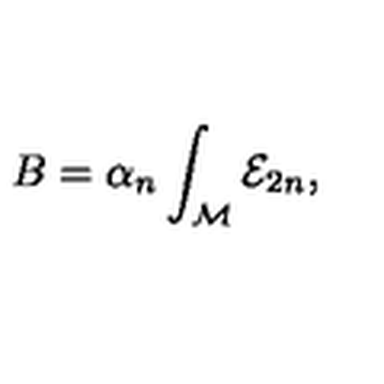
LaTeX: B = \alpha _ { n } \int _ { { \cal M } } { \cal E } _ { 2 n } ,